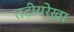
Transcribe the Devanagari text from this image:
तटीयरेखा